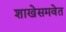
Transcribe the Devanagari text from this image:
शाखेसमवेत